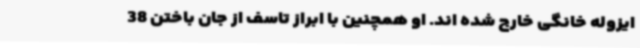
ایزوله خانگی خارج شده اند. او همچنین با ابراز تاسف از جان باختن 38